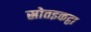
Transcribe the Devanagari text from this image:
स्रोतइकट्ठा